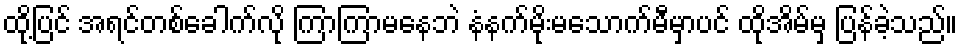
ထို့ပြင် အရင်တစ်ခေါက်လို ကြာကြာမနေဘဲ နံနက်မိုးမသောက်မီမှာပင် ထိုအိမ်မှ ပြန်ခဲ့သည်။